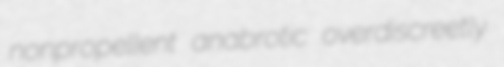
nonpropellent anabrotic overdiscreetly